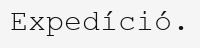
Expedíció.